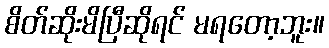
စိတ်ဆိုးမိပြီဆိုရင် မရတော့ဘူး။